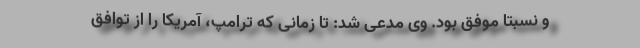
و نسبتا موفق بود. وی مدعی شد: تا زمانی که ترامپ، آمریکا را از توافق